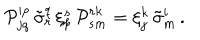
{ \cal P } _ { j q } ^ { i p } \, \tilde { \sigma } _ { r } ^ { q } \, \xi _ { p } ^ { s } \, { \cal P } _ { s m } ^ { r k } = \xi _ { j } ^ { k } \, \tilde { \sigma } _ { m } ^ { i } \, .